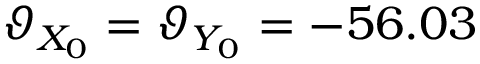
\vartheta _ { X _ { 0 } } = \vartheta _ { Y _ { 0 } } = - 5 6 . 0 3